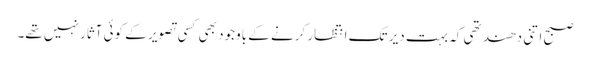
صبح اتنی دھند تھی کہ بہت دیر تک انتظار کرنے کے باوجود بھی کسی تصویر کے کوئی آثار نہیں تھے۔